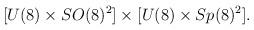
LaTeX: \begin{align*}[U(8)\times SO(8)^2] \times [U(8)\times Sp(8)^2].\end{align*}